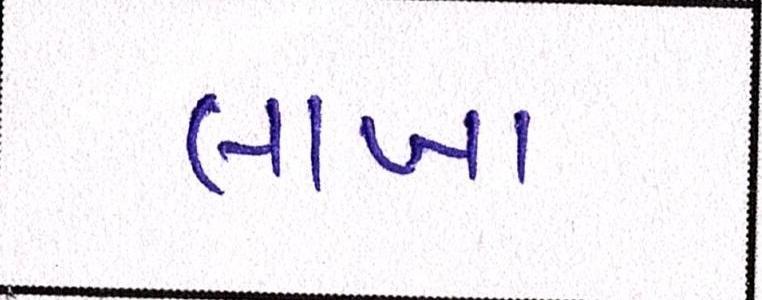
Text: લાખા